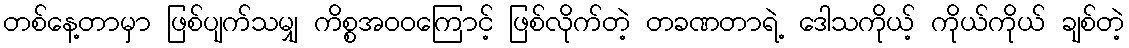
တစ်နေ့တာမှာ ဖြစ်ပျက်သမျှ ကိစ္စအဝဝကြောင့် ဖြစ်လိုက်တဲ့ တခဏတာရဲ့ ဒေါသကိုယ့် ကိုယ်ကိုယ် ချစ်တဲ့